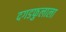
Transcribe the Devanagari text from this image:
दगडफुलाला